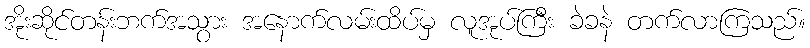
အိုးဆိုင်တန်းဘက်အသွား အနောက်လမ်းထိပ်မှ လူအုပ်ကြီး ခဲခနဲ တက်လာကြသည်။